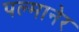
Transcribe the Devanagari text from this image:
पल्मानेर